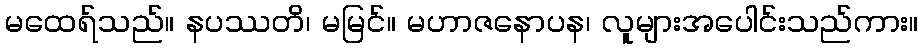
မထေရ်သည်။ နပဿတိ၊ မမြင်။ မဟာဇနောပန၊ လူများအပေါင်းသည်ကား။